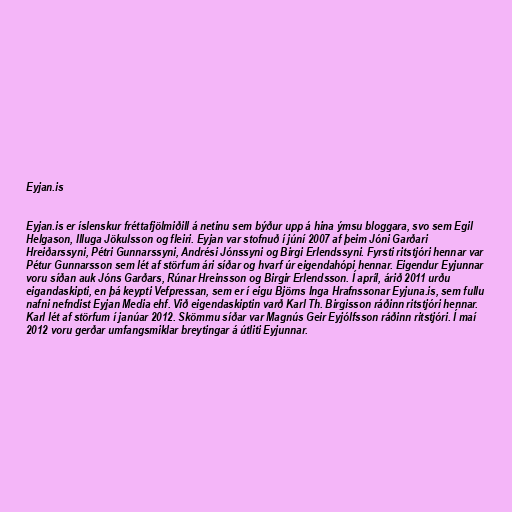
Eyjan.is

Eyjan.is er íslenskur fréttafjölmiðill á netinu sem býður upp á hina ýmsu bloggara, svo sem Egil
Helgason, Illuga Jökulsson og fleiri. Eyjan var stofnuð í júní 2007 af þeim Jóni Garðari
Hreiðarssyni, Pétri Gunnarssyni, Andrési Jónssyni og Birgi Erlendssyni. Fyrsti ritstjóri hennar var
Pétur Gunnarsson sem lét af störfum ári síðar og hvarf úr eigendahópi hennar. Eigendur Eyjunnar
voru síðan auk Jóns Garðars, Rúnar Hreinsson og Birgir Erlendsson. Í apríl, árið 2011 urðu
eigandaskipti, en þá keypti Vefpressan, sem er í eigu Björns Inga Hrafnssonar Eyjuna.is, sem fullu
nafni nefndist Eyjan Media ehf. Við eigendaskiptin varð Karl Th. Birgisson ráðinn ritstjóri hennar.
Karl lét af störfum í janúar 2012. Skömmu síðar var Magnús Geir Eyjólfsson ráðinn ritstjóri. Í maí
2012 voru gerðar umfangsmiklar breytingar á útliti Eyjunnar.